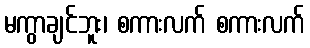
မကွာချင်ဘူး၊ စကားလက် စကားလက်